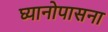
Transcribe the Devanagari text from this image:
घ्यानोपासना